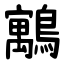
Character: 䴁